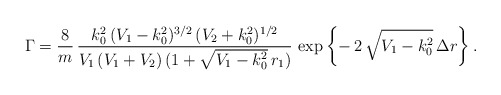
\begin{align*}\Gamma = \frac{8}{m}\,\frac{k_{0}^{2}\,(V_{1} -k_{0}^{2})^{3/2}\,(V_{2} + k_{0}^{2})^{1/2}}{V_{1}\,(V_{1} +V_{2})\,(1 + \sqrt{V_{1} - k_{0}^{2}}\,r_{1})} \, \exp\left\{-\,2\,\sqrt{V_{1} - k_{0}^{2}}\,\Delta r \right\}. \end{align*}